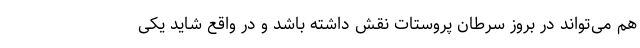
هم می‌تواند در بروز سرطان پروستات نقش داشته باشد و در واقع شاید یکی